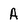
Character: A